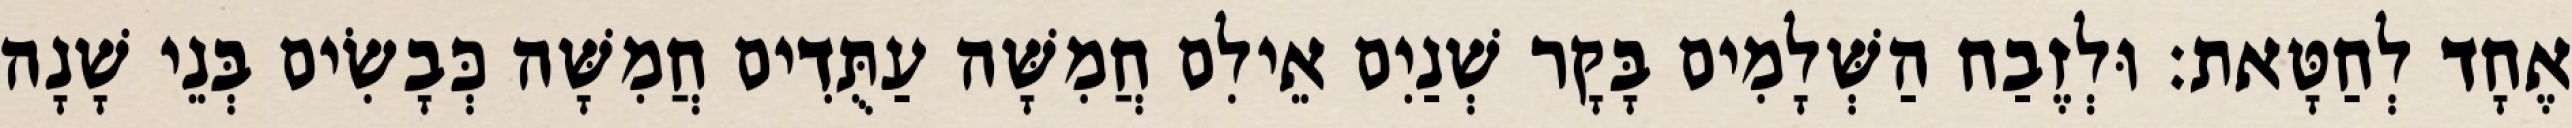
אֶחָד לְחַטָּאת׃ וּלְזֶבַח הַשְּׁלָמִים בָּקָר שְׁנַיִם אֵילִם חֲמִשָּׁה עַתֻּדִים חֲמִשָּׁה כְּבָשִׂים בְּנֵי שָׁנָה